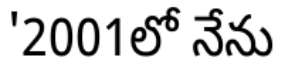
'2001లో నేను